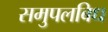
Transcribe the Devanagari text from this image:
समुपलबिध